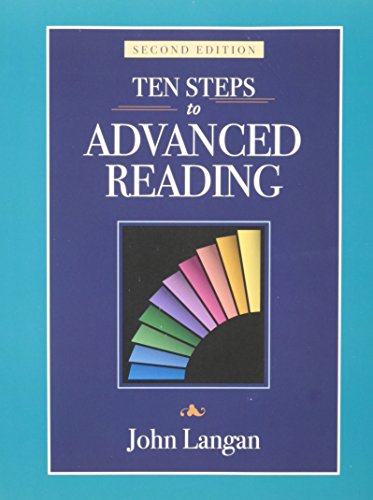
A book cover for Ten Steps to Advanced Reading 2/e; John Langan; Reference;